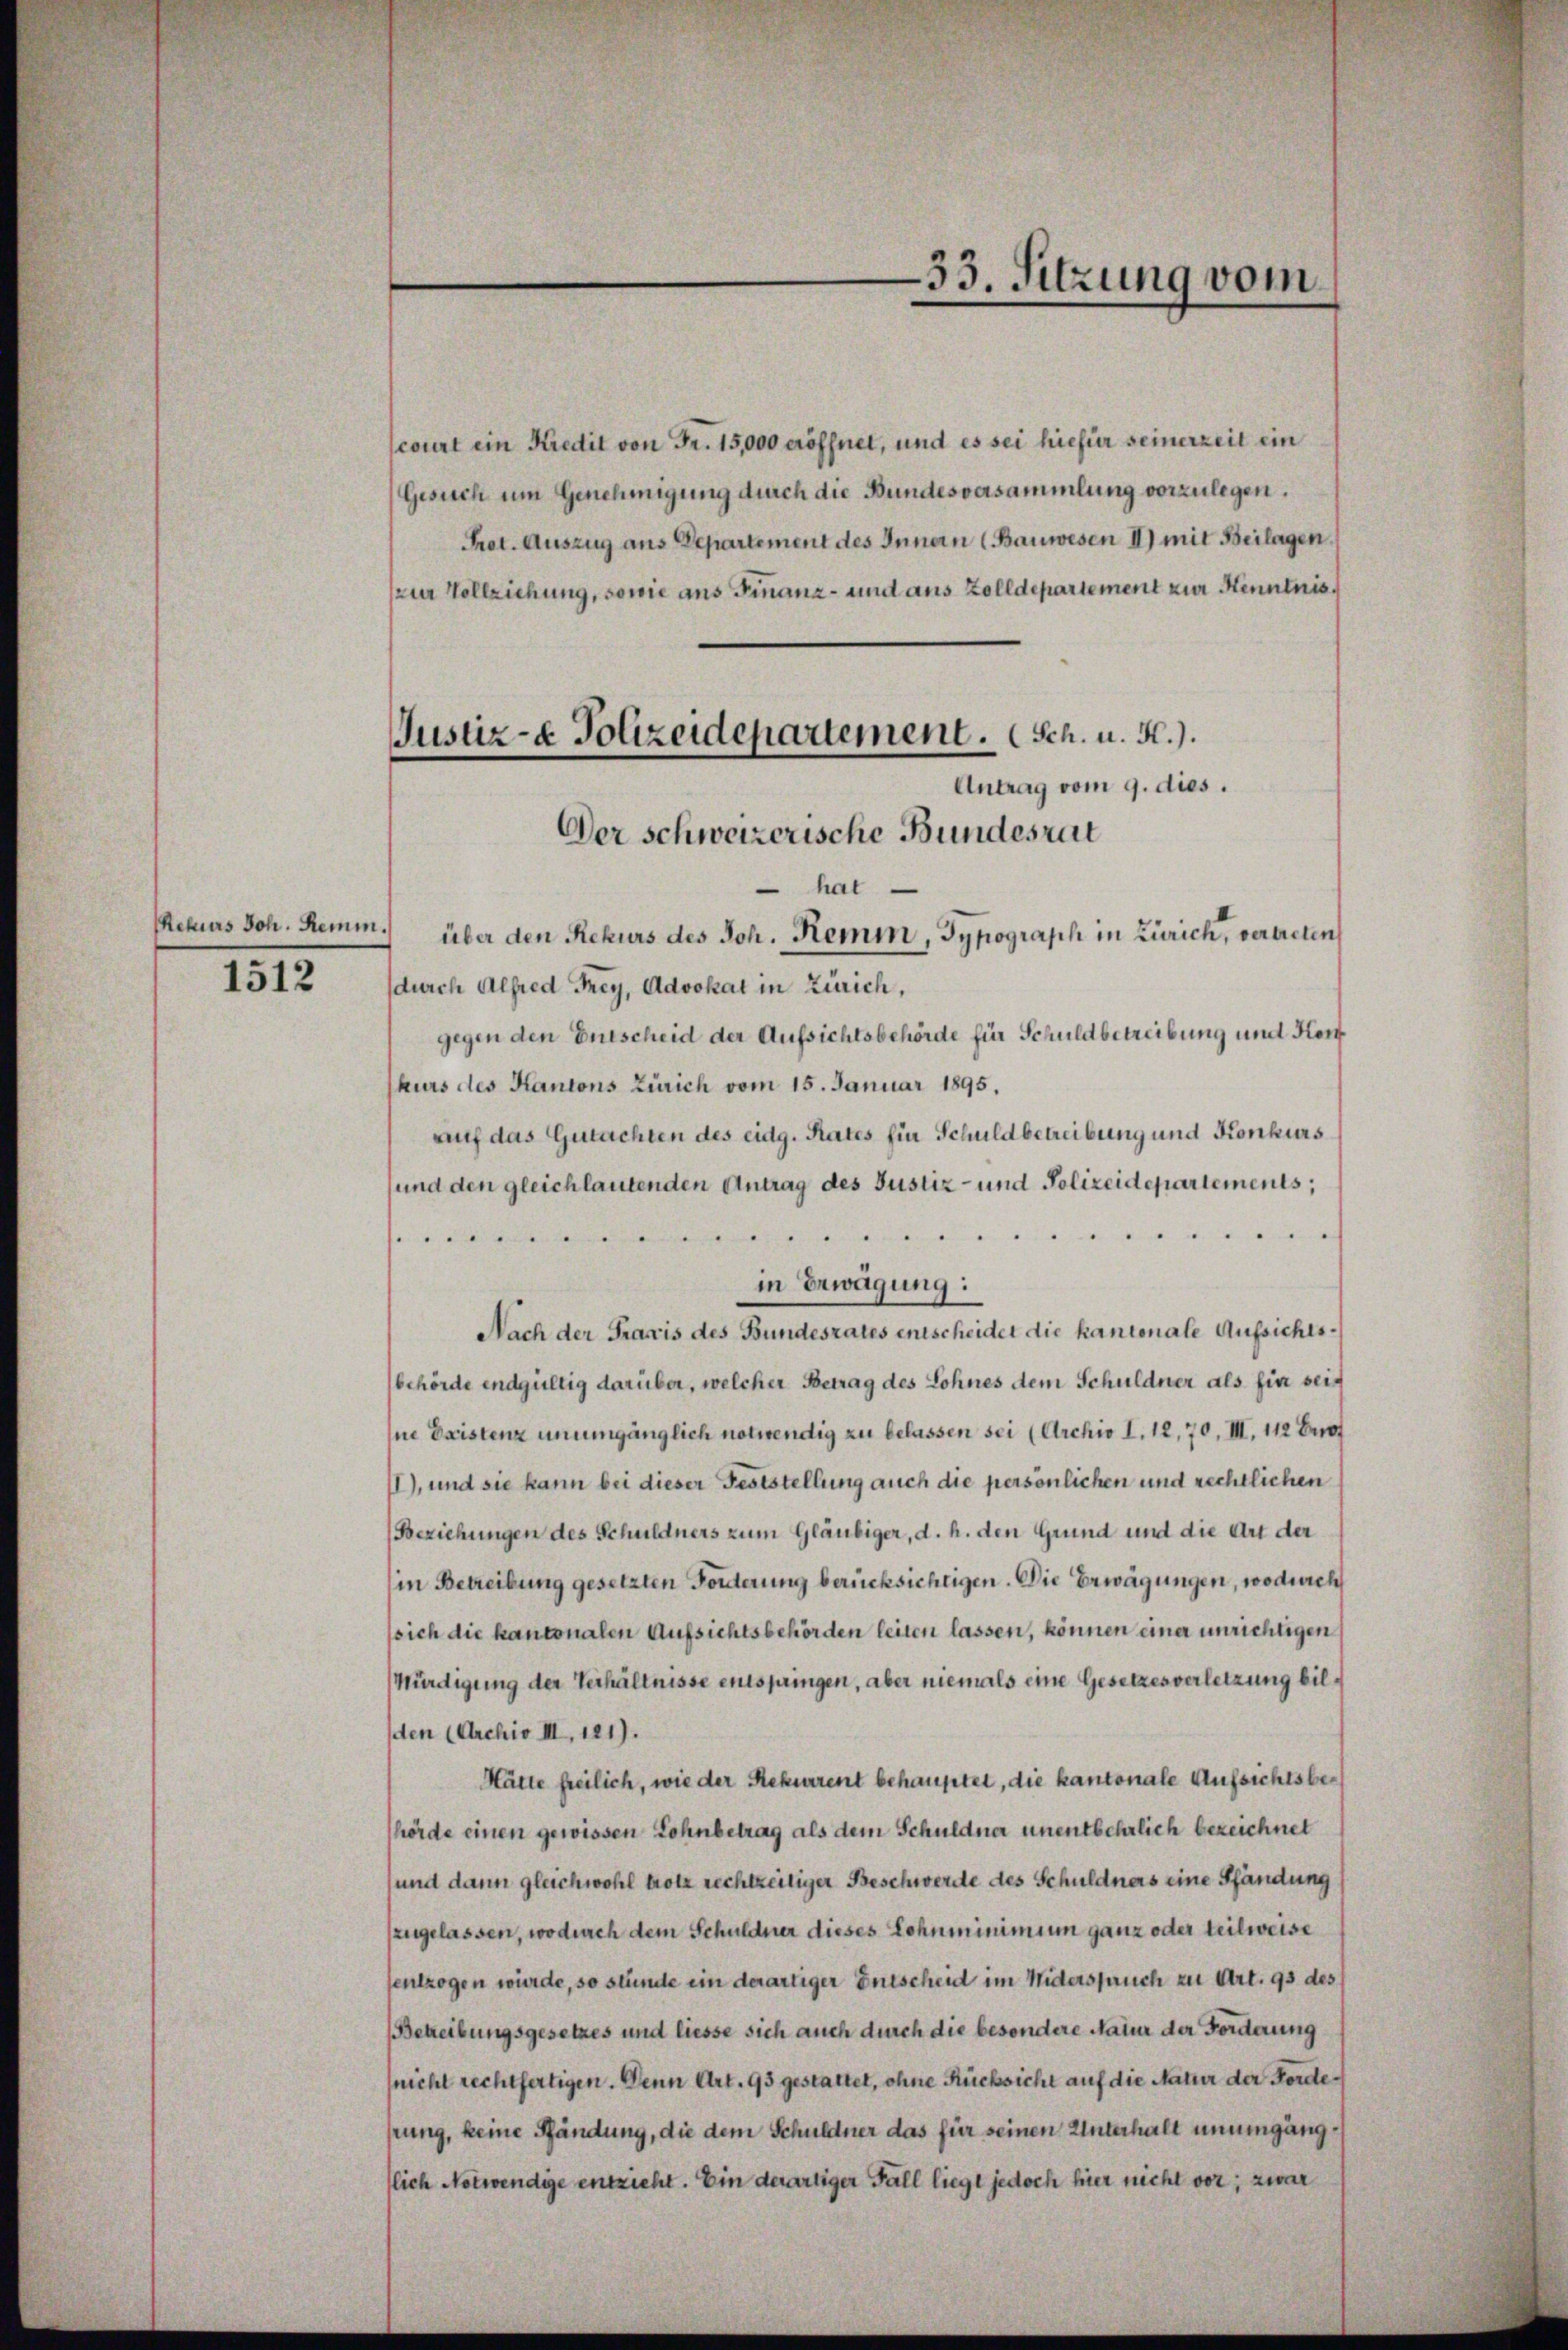
Rekurs Joh. Remm.
1512

court ein Kredit von Fr. 15,000 eröffnet, und es sei hiefür seinerzeit ein
Gesuch um Genehmigung durch die Bundesversammlung vorzulegen.
Prot. Auszug aus Departement des Innen (Bauwesen II) mit Beilagen
zur Vollziehung, sowie aus Finanz- und aus Zolldepartement zur Kenntnis¬
Der schweizerische Bundeszeit
hat
über den Rekurs des Joh. Remm, Typograph in Zürich, vertreten
durch Alfred Frey, Advokat in Zürich,
gegen den Entscheid der Aufsichtsbehörde für Schuldbetreibung und Kon
hurs des Kantons Zürich vom 15. Januar 1895.
auf das Gutachten des eidg. Rates für Schuldbetreibung und Konkurs
sund den gleichlautenden Antrag des Justiz- und Polizeidepartements;

in Erwägung:
Nach der Praxis des Bundesrates entscheidet die kantonale Aufsichtsbehörde endgültig darüber, welcher Betrag des Lohnes dem Schuldner als für sein
Ine Existenz unumgänglich notwendig zu belassen sei (Archio I. 12,70, III. 112 Erot
II), und sie kann bei dieser Feststellung auch die persönlichen und rechtlichen
(Beziehungen des Schuldners zum Gläubiger, d. h. den Grund und die Art der
in Betreibung gesetzten Forderung berücksichtigen. Die Erwägungen, wodurch
sich die kantonalen Aufsichtsbehörden leiten lassen, können einer unrichtigen
Würdigung der Verhältnisse entspringen, aber niemals eine Gesetzes verletzung bilden (Archiv III, 121).
Hätte freilich, wie der Rekurrent behauptet, die kantonale Aufsichtsbehörde einen gewissen Lohnbetrag als dem Schuldner unentbehrlich bezeichnet
sund dann gleichwohl trotz rechtzeitiger Beschwerde des Schuldners eine Pfändung
zzugelassen, wodurch dem Schuldner dieses Lohnminimium ganz oder teilweise
sentzogen wurde, so stünde ein derartiger Entscheid im Widerspruch zu Art. 93 des
(Betreibungsgesetzes und liesse sich auch durch die besondere Natur der Forderung
nicht rechtfertigen. Denn Art. 95 gestattet, ohne Rücksicht auf die Natur der Fordehrung, keine Pfändung, die dem Schuldner das für seinen Unterhalt unumgängflich Notwendige entzieht. Ein derartiger Fall liegt jedoch hier nicht vor, zwar

Justiz- & Polizeidepartement. (Sch. u. H.).
Antrag vom 9. dies.

33. Sitzung vom